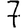
Digit: 7